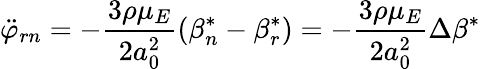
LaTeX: \ddot{\varphi}_{rn}=-\frac{3\rho\mu_{E}}{2a_{0}^{2}}\left(\beta_{n}^{*}-\beta_{r}^{*}\right)=-\frac{3\rho\mu_{E}}{2a_{0}^{2}}\Delta\beta^{*}